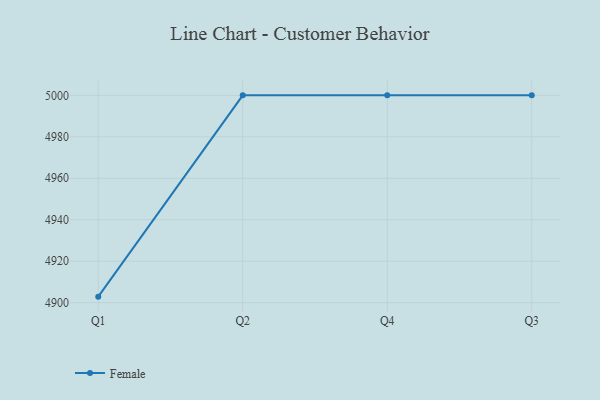
{"axis": {"x": "Quarter", "y": "Operating Costs (USD K)"}, "legend": ["Female"], "data": [{"x": "Q1", "y": 4902.9, "type": "Female"}, {"x": "Q2", "y": 5000, "type": "Female"}, {"x": "Q4", "y": 5000, "type": "Female"}, {"x": "Q3", "y": 5000, "type": "Female"}]}